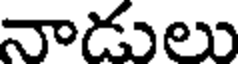
నాడులు